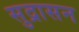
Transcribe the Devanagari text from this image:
सुद्रासन